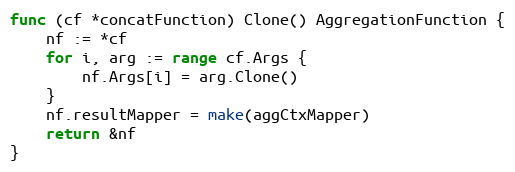
Language: Go
func (cf *concatFunction) Clone() AggregationFunction {
	nf := *cf
	for i, arg := range cf.Args {
		nf.Args[i] = arg.Clone()
	}
	nf.resultMapper = make(aggCtxMapper)
	return &nf
}